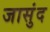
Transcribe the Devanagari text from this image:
जासुंद